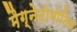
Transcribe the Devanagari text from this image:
मैग्नेटोमोटिव